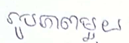
រូបភាពមួយ